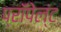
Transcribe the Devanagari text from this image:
प्रॉपेल्ंट